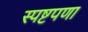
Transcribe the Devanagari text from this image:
स्पष्टपणा